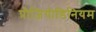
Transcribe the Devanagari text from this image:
प्रौज़ियोडिनियम